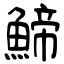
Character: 䱱